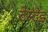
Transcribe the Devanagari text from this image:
टेस्टेड